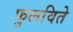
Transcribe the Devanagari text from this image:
फुलविते